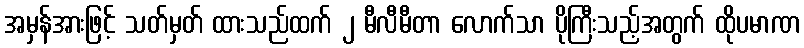
အမှန်အားဖြင့် သတ်မှတ် ထားသည်ထက် ၂ မီလီမီတာ လောက်သာ ပိုကြီးသည့်အတွက် ထိုပမာဏ